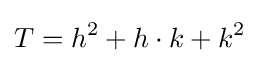
T=h^{2}+h\cdot k+k^{2}